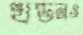
খণ্ডনও